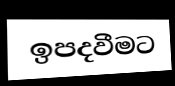
ඉපදවීමට